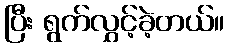
ပြီး ရွက်လွှင့်ခဲ့တယ်။